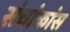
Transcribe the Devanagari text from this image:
संचांकांस